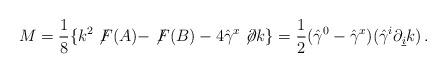
LaTeX: \begin{align*}M=\frac{1}{8}\{k^{2}\not\!F(A) -\not\!F(B) -4\hat{\gamma}^{x}\not\!\partial k \}=\frac{1}{2}(\hat{\gamma}^{0} -\hat{\gamma}^{x})(\hat{\gamma}^{i}\partial_{\underline{i}}k)\, .\end{align*}